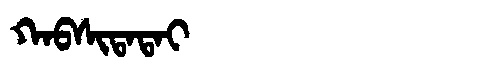
Manchu: ᡴᠠᠪᠰᡳᡨᠠᡨᠠᡳ
Romanization: KABSITATAI